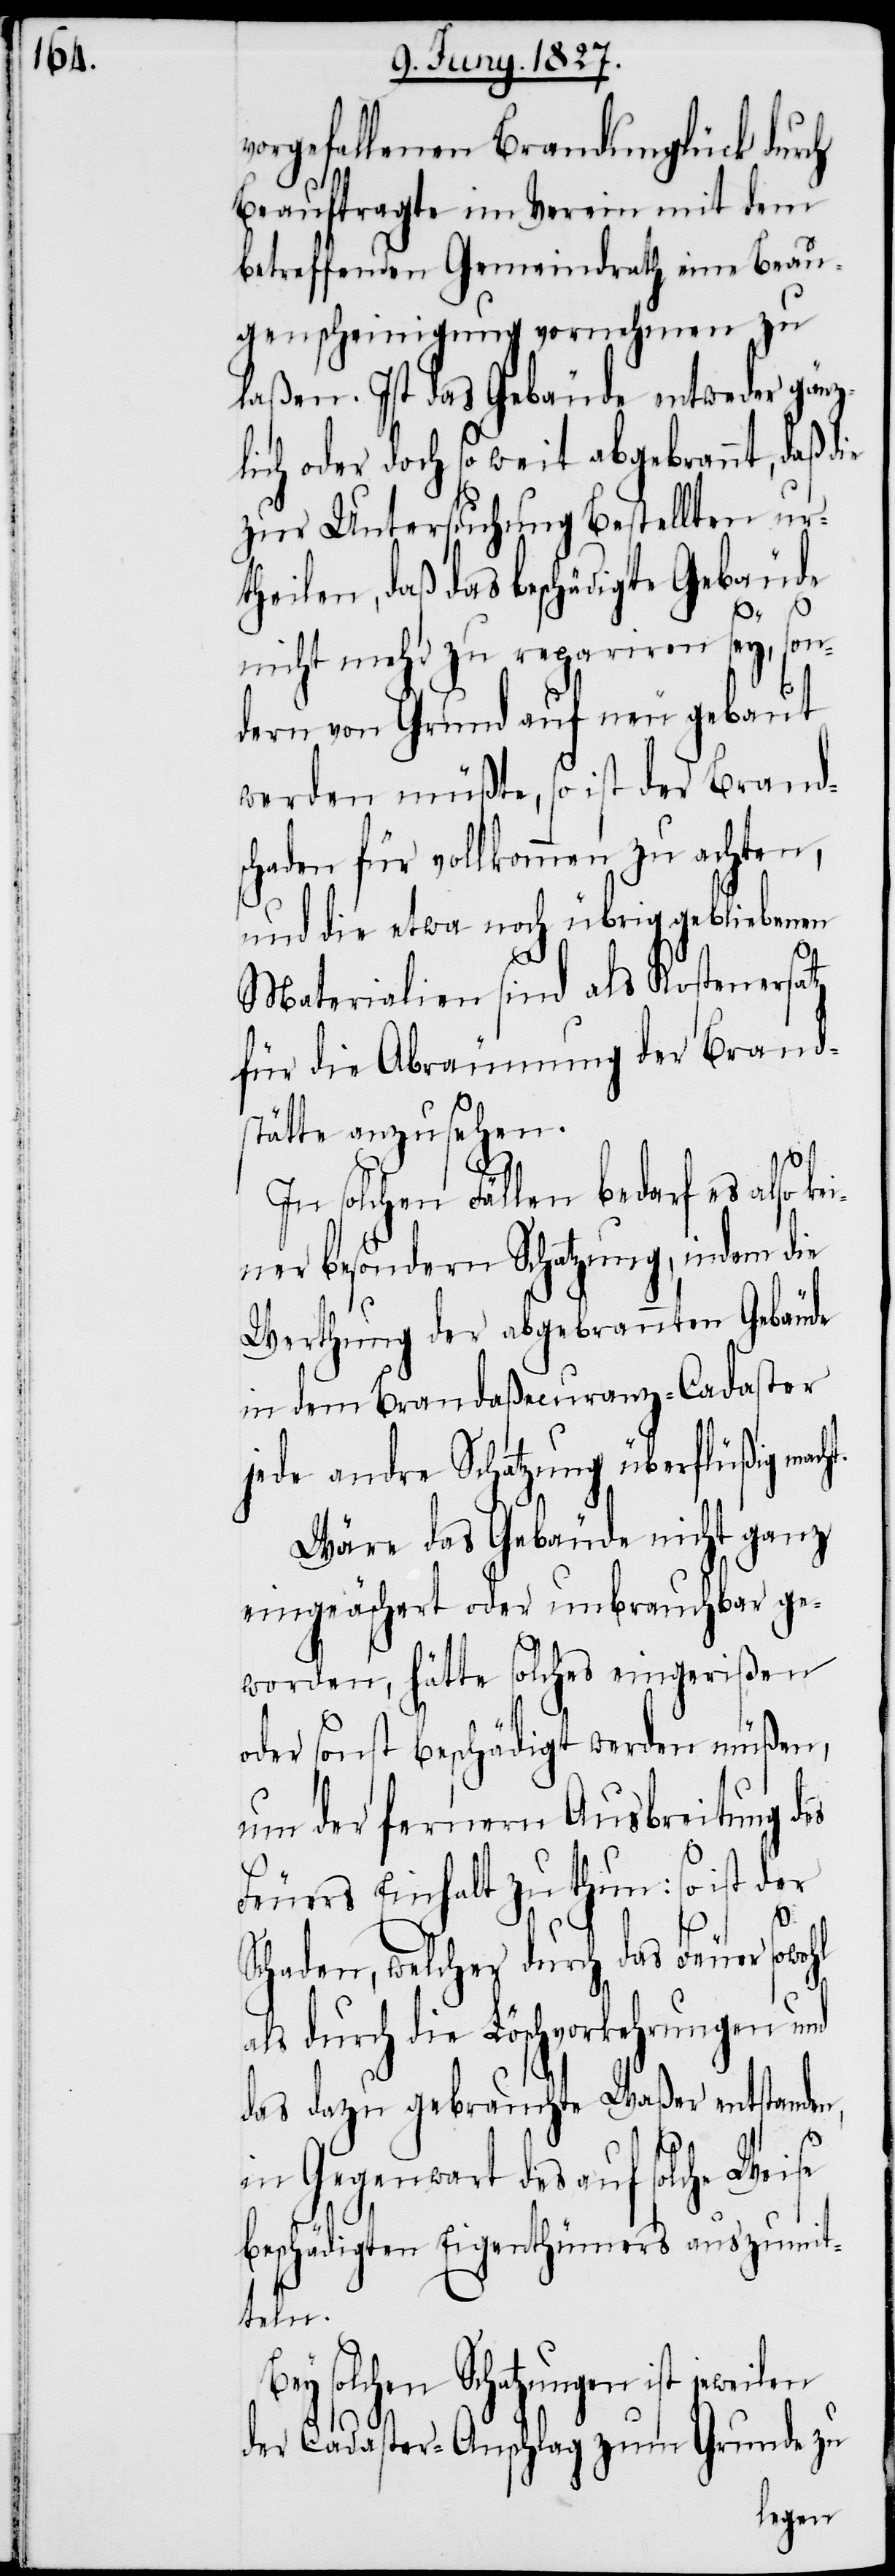
vorgefallenen Brandunglück durch
Beauftragte im Verein mit dem
betreffenden Gemeindrath eine Beau¬
genscheinigung vornehmen zu
laßen. Ist das Gebäude entweder gänz¬
lich oder doch so weit abgebrannt, daß
zur Untersuchung Bestellten urt¬
heilen, daß das beschädigte Gebäude
ht.
nicht mehr zu repariren sey,
dern von Grund auf neu gebaut
werden müßte, so ist der Brands¬
chaden für vollkommen zu achten,
und die etwa nach übrig gebliebenen
Materialien sind als Kostenersatz
für die Abräumung der Brand¬
stätte anzusehen.
In solchen Fällen bedarf es also ke¬
iner besondern Schatzung, indem die
Werthung der abgebrannten Gebäude
in dem Brandaßecuranz-Cadaster
jede andre Schatzung überflüßig mac¬
Wäre das Gebäude nicht ganz
eingeäschert oder unbrauchbar ge¬
worden, hätte solches eingerißen
oder sonst beschädigt werden müßen,
um der fernern Ausbreitung des
Feuers Einhalt zu thun: so ist der
Schaden, welcher durch das Feuer sowohl
als durch die Löschvorkehrungen und
das dazu gebrauchte Waßer entstanden,
in Gegenwart des auf solche Weise
beschädigten Eigenthümers auszumit¬
teln.
Bey solchen Schatzungen ist jeweilen
der Cadaster-Anschlag zum Grunde zu